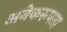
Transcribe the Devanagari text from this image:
अनेकरुपता